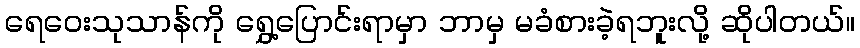
ရေဝေးသုသာန်ကို ရွှေ့ပြောင်းရာမှာ ဘာမှ မခံစားခဲ့ရဘူးလို့ ဆိုပါတယ်။